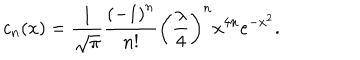
c _ { n } ( x ) = { \frac { 1 } { \sqrt { \pi } } } { \frac { \left( - 1 \right) ^ { n } } { n ! } } \left( { \frac { \lambda } { 4 } } \right) ^ { n } x ^ { 4 n } e ^ { - x ^ { 2 } } .